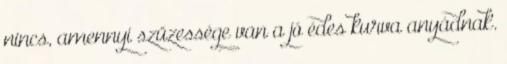
nincs, amennyi szüzessége van a jó édes kurva anyádnak.